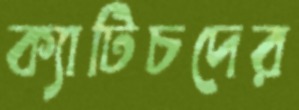
ক্যাটিচদের